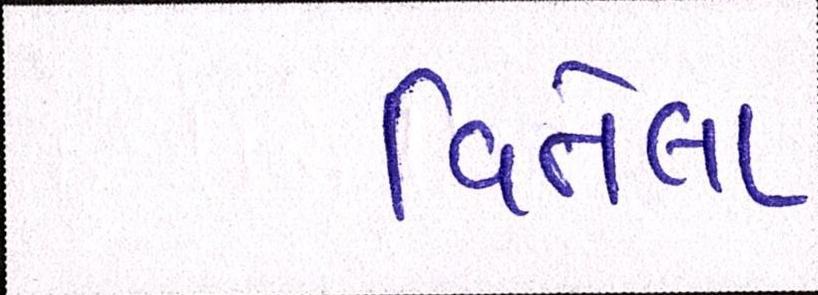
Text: વિતેલા